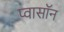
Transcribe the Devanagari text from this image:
प्वासॉन